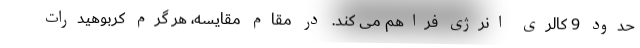
حدود 9 کالری انرژی فراهم می کند. در مقام مقایسه، هر گرم کربوهیدرات